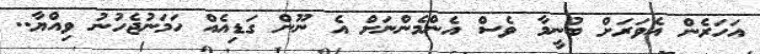
އަހަރެން އެވަރަށް ބުނީމާ ވެސް އެންމެންނަށް އެ ނޫން ގަޑިއެއް ހަމަނުޖެހުނު ވިއްޔާ..